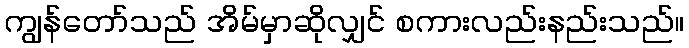
ကျွန်တော်သည် အိမ်မှာဆိုလျှင် စကားလည်းနည်းသည်။